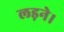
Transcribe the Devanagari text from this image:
लड़ने।